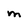
Character: M